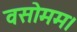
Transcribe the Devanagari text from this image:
वसोमम।